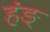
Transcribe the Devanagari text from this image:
हंङ्